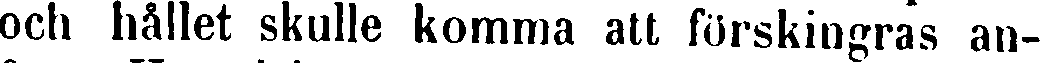
och hållet skulle komma att förskingras an-